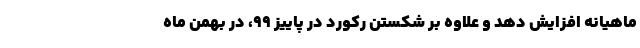
ماهیانه افزایش دهد و علاوه بر شکستن رکورد در پاییز ۹۹، در بهمن ماه